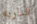
الناريه